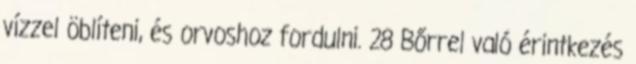
vízzel öblíteni, és orvoshoz fordulni. 28 Bőrrel való érintkezés